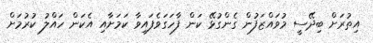
އިތުރަށް ބިދޭސީ މުވައްޒަފުން ގެންގުޅޭ ކަން ފާހަގަވެފައިވާ ކަމަށާއި އެކަން ހައްލު ކުރުމަށް